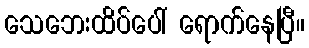
သေဘေးထိပ်ပေါ် ရောက်နေပြီ။